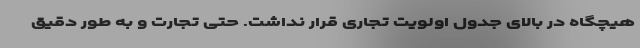
هیچگاه در بالای جدول اولویت تجاری قرار نداشت. حتی تجارت و به طور دقیق